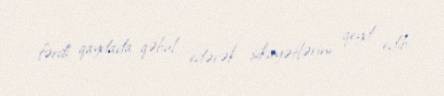
fərdi qaydada qəbul edərək şikayətlərini qeyd edib.